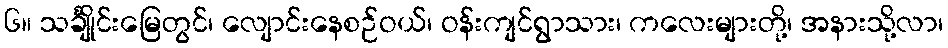
၆။ သင်္ချိုင်းမြေတွင်၊ လျောင်းနေစဉ်ဝယ်၊ ဝန်းကျင်ရွာသား၊ ကလေးများတို့၊ အနားသို့လာ၊